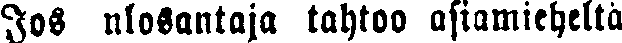
Jos ulosantaja tahtoo asiamieheltä